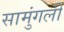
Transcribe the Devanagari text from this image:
सामुंगली